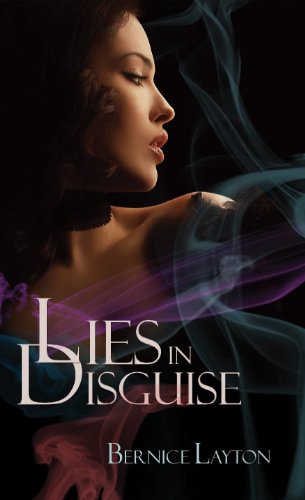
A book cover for Lies In Disguise (Indigo); Bernice Layton; Mystery, Thriller & Suspense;